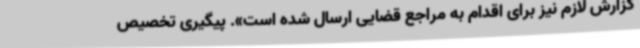
گزارش لازم نیز برای اقدام به مراجع قضایی ارسال شده است». پیگیری تخصیص